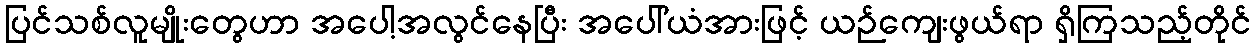
ပြင်သစ်လူမျိုးတွေဟာ အပေါ့အလွင်နေပြီး အပေါ်ယံအားဖြင့် ယဉ်ကျေးဖွယ်ရာ ရှိကြသည့်တိုင်